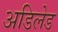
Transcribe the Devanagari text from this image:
अडिलेड